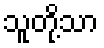
သူတို့သာ